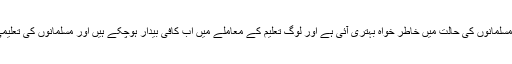
انہوں نے کہا کہ سچر کمیٹی کی سفارشات کے بعد تعلیمی میدان میں مسلمانوں کی حالت میں خاطر خواہ بہتری آئی ہے اور لوگ تعلیم کے معاملے میں اب کافی بیدار ہوچکے ہیں اور مسلمانوں کی تعلیمی ترقی کے لئے مودی حکومت بھی خاطر خواہ اقدامات کر رہی ہے ۔